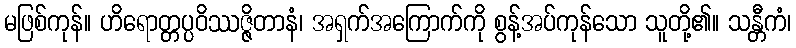
မဖြစ်ကုန်။ ဟိရောတ္တပ္ပဝိဿဇ္ဇိတာနံ၊ အရှက်အကြောက်ကို စွန့်အပ်ကုန်သော သူတို့၏။ သန္တီကံ၊